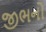
જીભનો